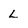
Character: L